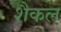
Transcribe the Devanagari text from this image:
शैकल